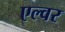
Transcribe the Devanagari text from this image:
एल्वर